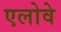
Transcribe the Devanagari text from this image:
एलोवे